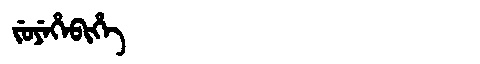
Manchu: ᠵᡠᠶᡝᡥᡝᠪᡳᡥᡝ
Romanization: JUYEHEBIHE